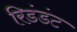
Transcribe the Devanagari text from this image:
रिडंडंट